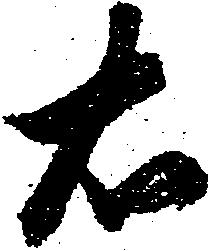
右